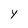
Character: Y